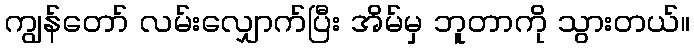
ကျွန်တော် လမ်းလျှောက်ပြီး အိမ်မှ ဘူတာကို သွားတယ်။